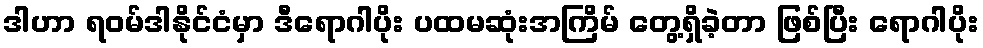
ဒါဟာ ရဝမ်ဒါနိုင်ငံမှာ ဒီရောဂါပိုး ပထမဆုံးအကြိမ် တွေ့ရှိခဲ့တာ ဖြစ်ပြီး ရောဂါပိုး